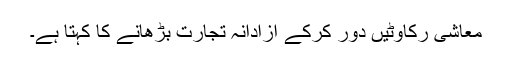
معاشی رکاوٹیں دور کرکے آزادانہ تجارت بڑھانے کا کہتا ہے۔